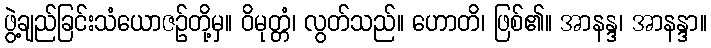
ဖွဲ့ချည်ခြင်းသံယောဇဉ်တို့မှ။ ဝိမုတ္တံ၊ လွတ်သည်။ ဟောတိ၊ ဖြစ်၏။ အာနန္ဒ၊ အာနန္ဒာ။